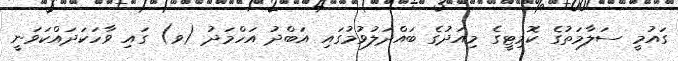
ގައުމީ ސަލާމަތުގެ ކޮމިޓީގެ މިއަދުގެ ބައްދަލުވުމުގައި އަބްދު އަހްމަދު (ވ) ގައި ވާހަކަދައްކަވަނީ